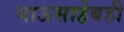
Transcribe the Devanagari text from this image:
भाऊसाहेबही